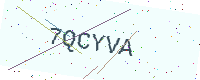
Text: 7QCYVA